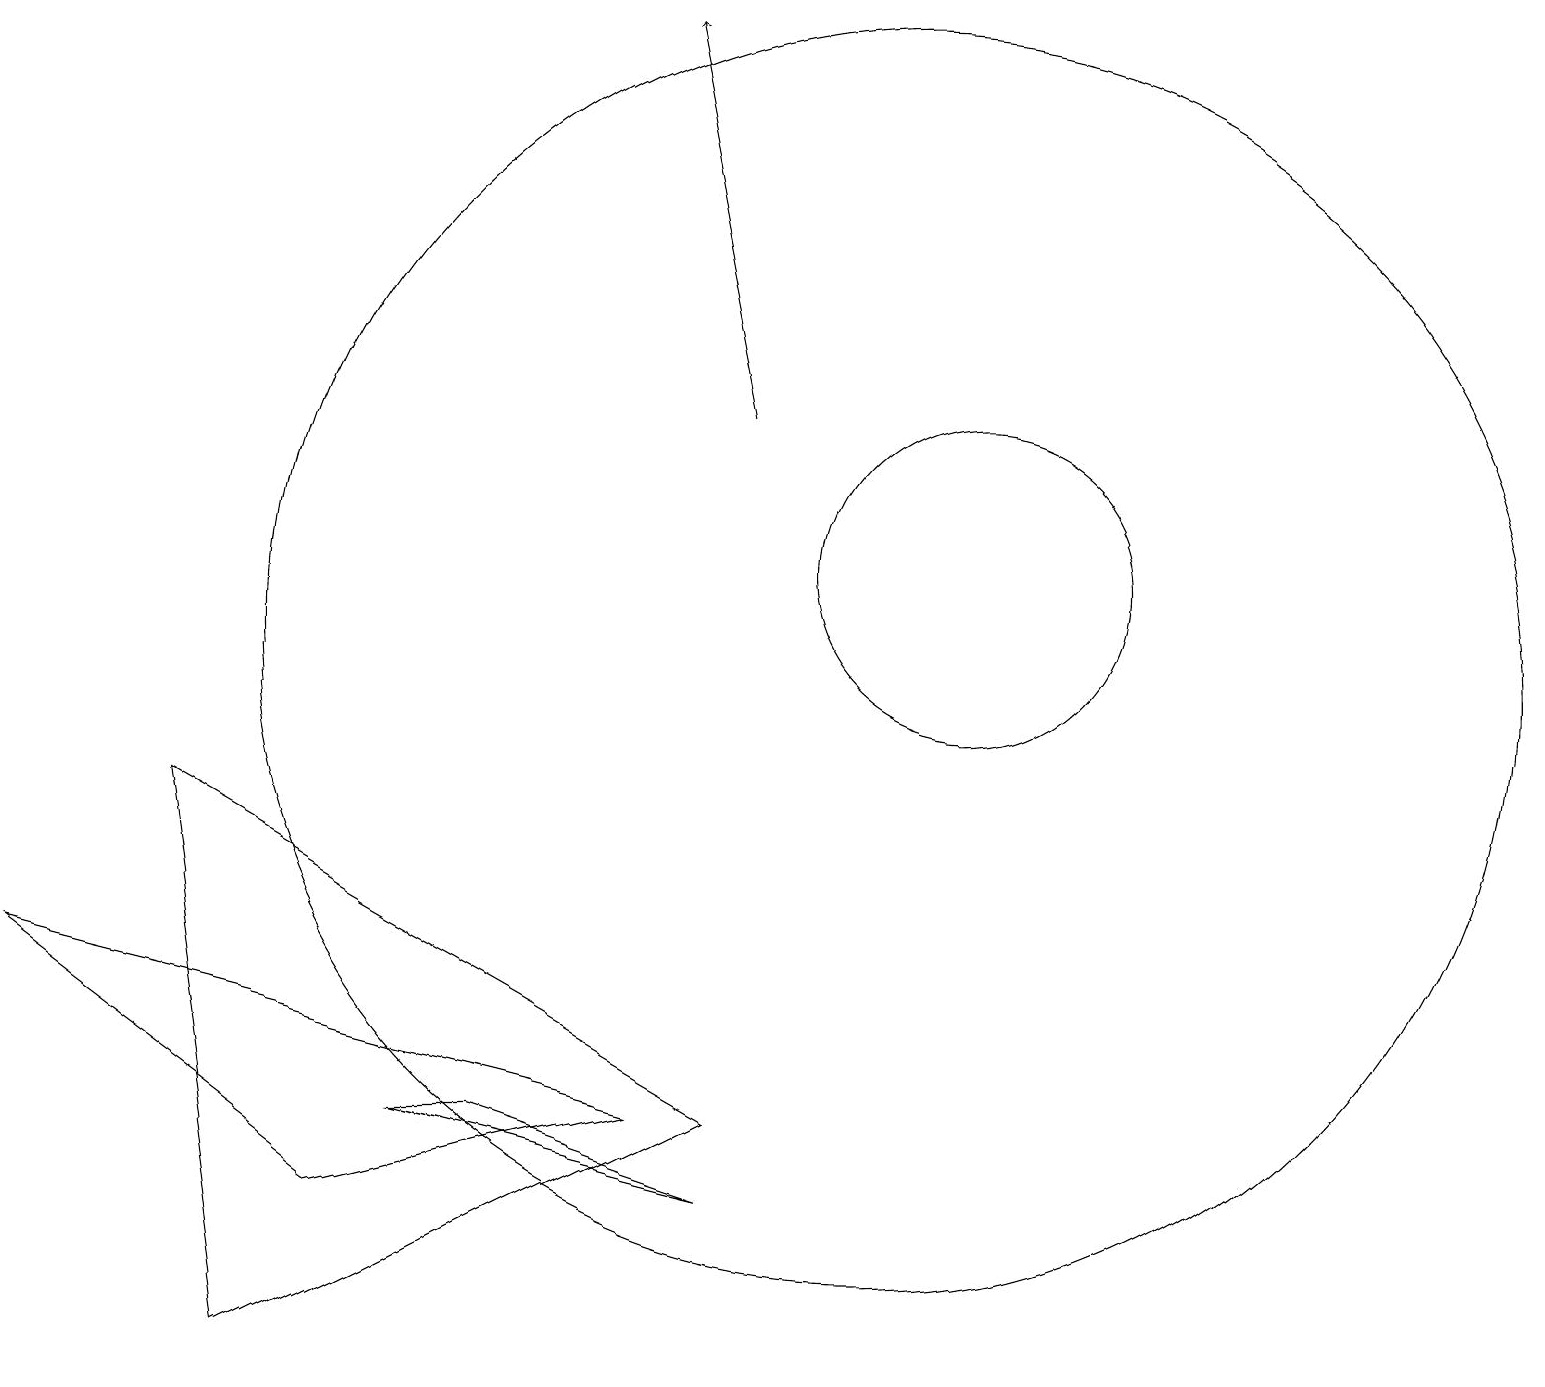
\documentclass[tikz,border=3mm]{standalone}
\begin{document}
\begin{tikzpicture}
\draw (4,3) -- (0,6) -- (8,4) -- cycle;
\draw (12,11) circle (2);
\draw (3,1) -- (9,4) -- (2,8) -- cycle;
\draw (9,3) -- (6,4) -- (5,4) -- cycle;
\draw (11,10) circle (8);
\draw[->] (9,13) -- (8,18);
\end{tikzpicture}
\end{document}